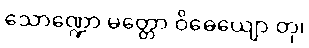
သောဏ္ဍော မတ္တော ဝိဓေယျော တု၊